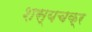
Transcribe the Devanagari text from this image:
शस्यचक्र